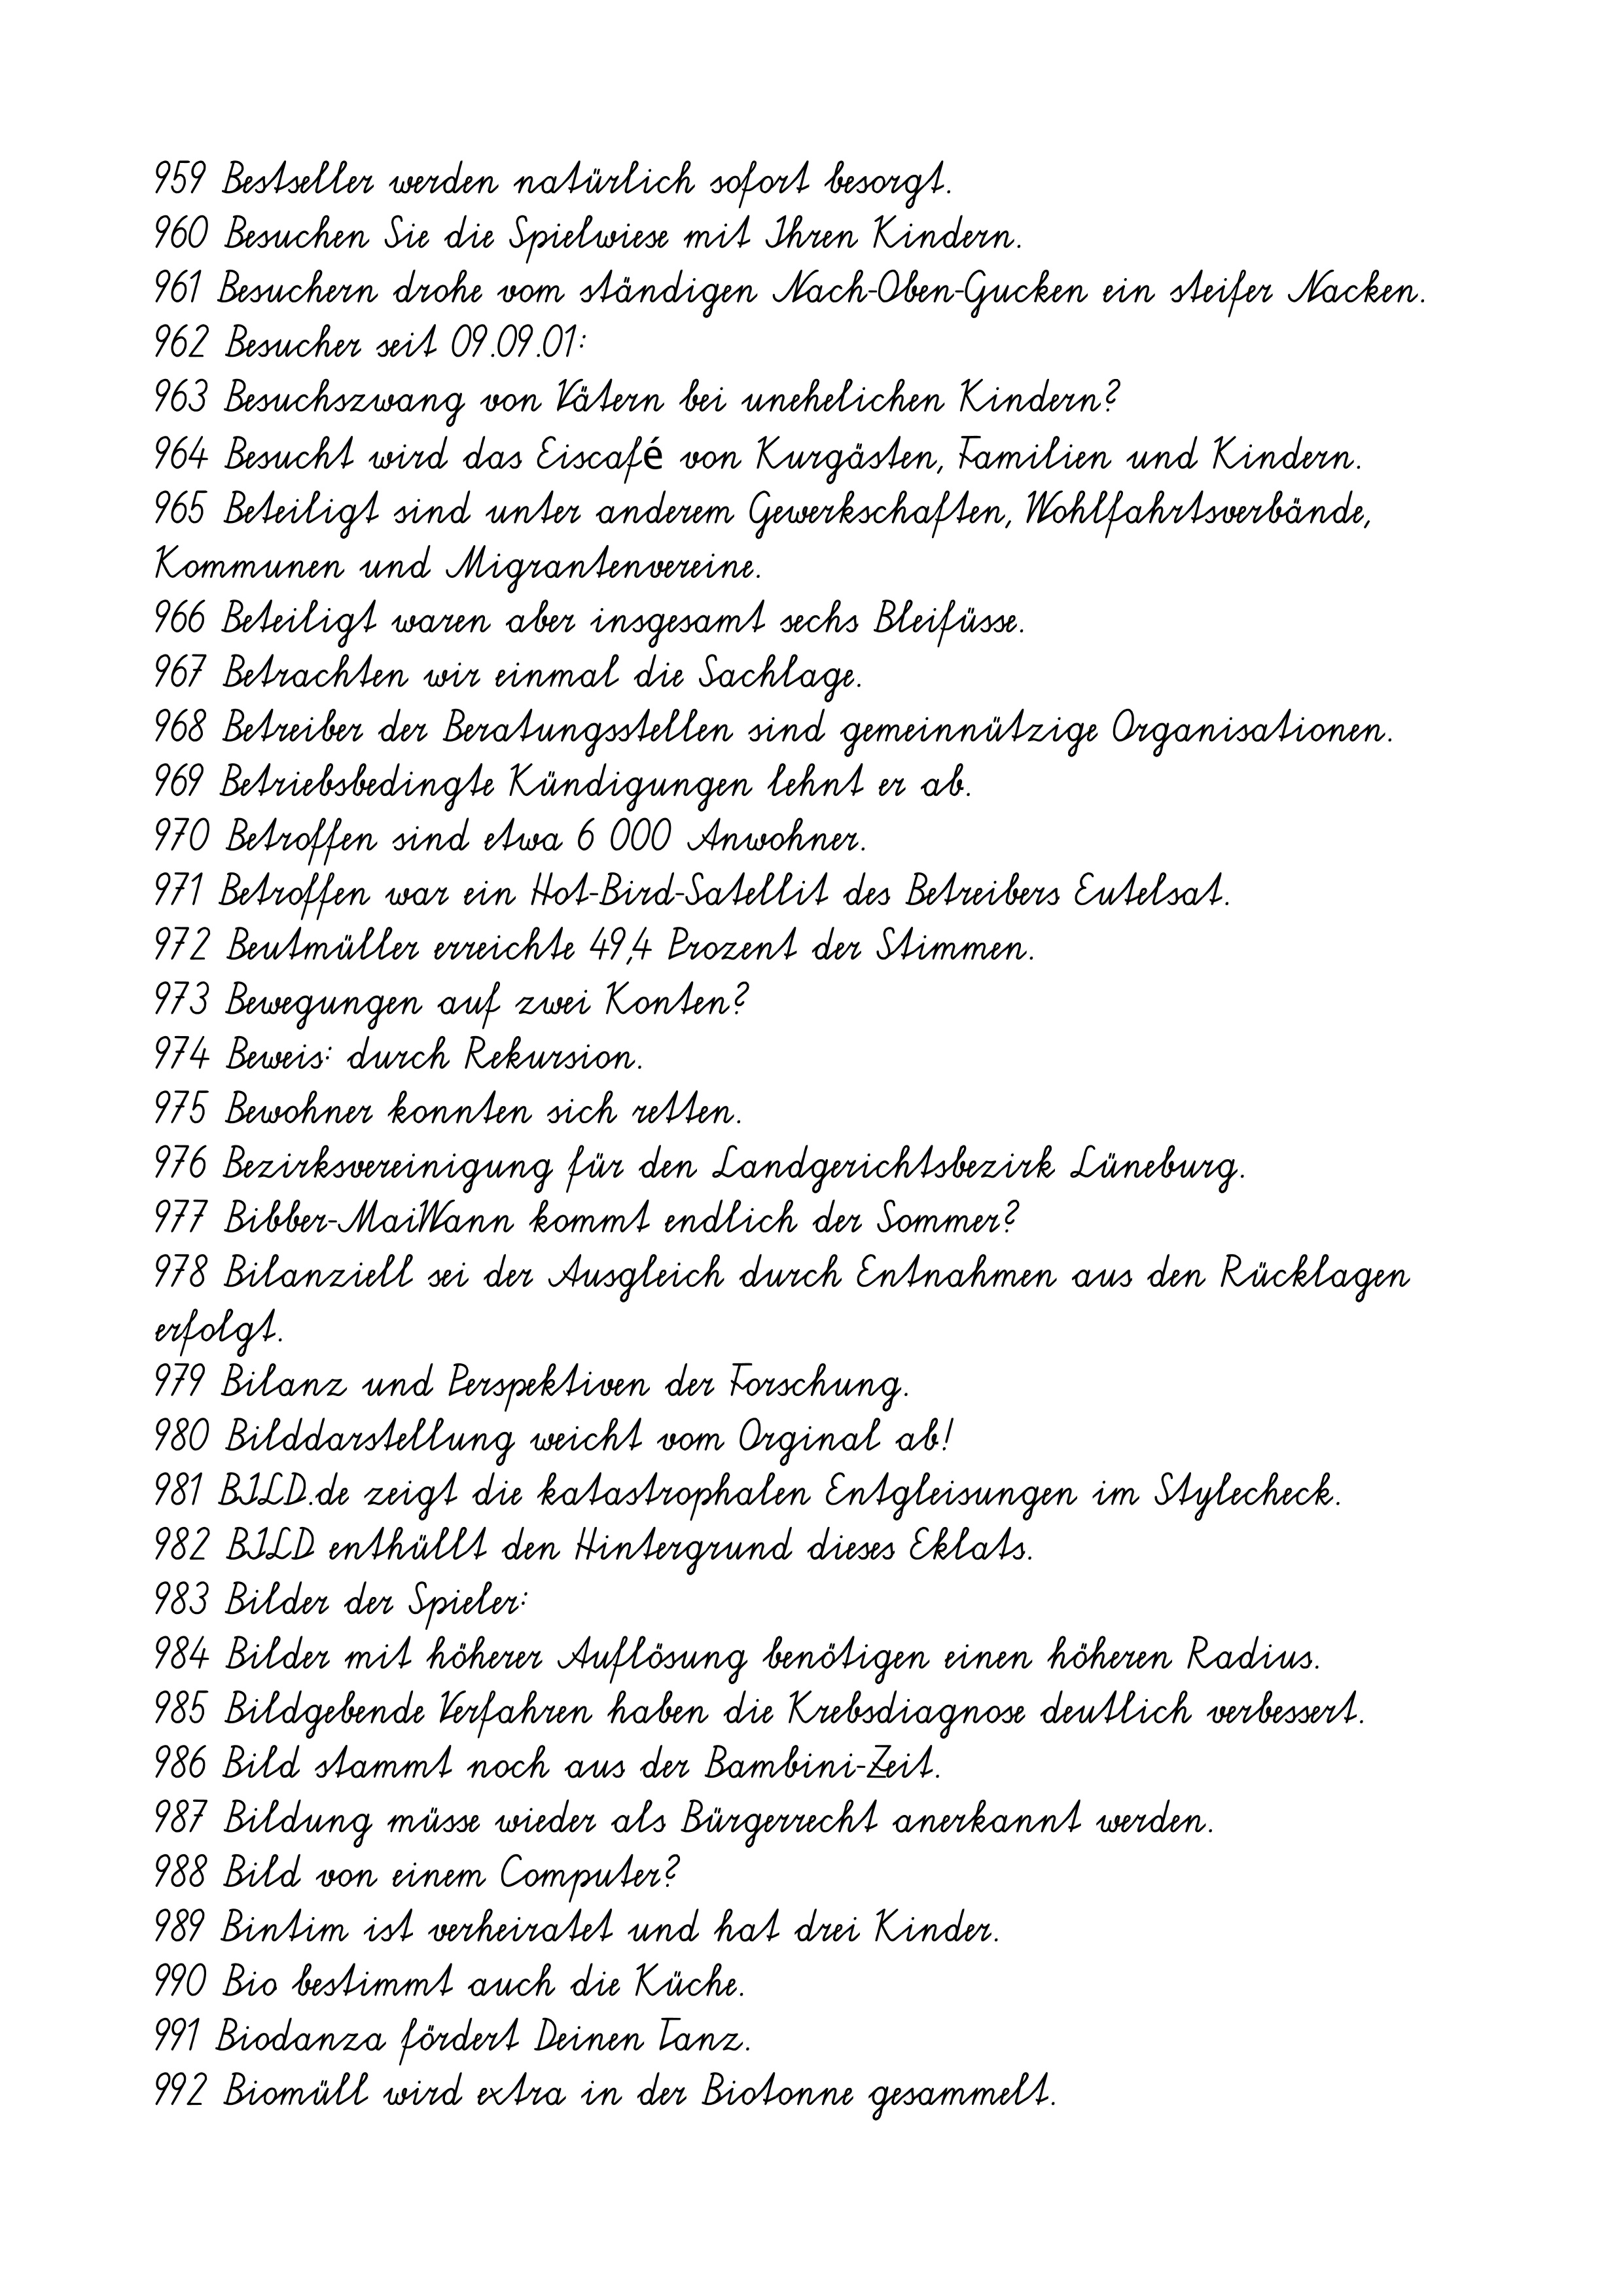
959 Bestseller werden natürlich sofort besorgt.
960 Besuchen Sie die Spielwiese mit Ihren Kindern.
961 Besuchern drohe vom ständigen Nach-Oben-Gucken ein steifer Nacken.
962 Besucher seit 09.09.01:
963 Besuchszwang von Vätern bei unehelichen Kindern?
964 Besucht wird das Eiscafé von Kurgästen, Familien und Kindern.
965 Beteiligt sind unter anderem Gewerkschaften, Wohlfahrtsverbände,
Kommunen und Migrantenvereine.
966 Beteiligt waren aber insgesamt sechs Bleifüsse.
967 Betrachten wir einmal die Sachlage.
968 Betreiber der Beratungsstellen sind gemeinnützige Organisationen.
969 Betriebsbedingte Kündigungen lehnt er ab.
970 Betroffen sind etwa 6 000 Anwohner.
971 Betroffen war ein Hot-Bird-Satellit des Betreibers Eutelsat.
972 Beutmüller erreichte 49,4 Prozent der Stimmen.
973 Bewegungen auf zwei Konten?
974 Beweis: durch Rekursion.
975 Bewohner konnten sich retten.
976 Bezirksvereinigung für den Landgerichtsbezirk Lüneburg.
977 Bibber-MaiWann kommt endlich der Sommer?
978 Bilanziell sei der Ausgleich durch Entnahmen aus den Rücklagen
erfolgt.
979 Bilanz und Perspektiven der Forschung.
980 Bilddarstellung weicht vom Orginal ab!
981 BILD.de zeigt die katastrophalen Entgleisungen im Stylecheck.
982 BILD enthüllt den Hintergrund dieses Eklats.
983 Bilder der Spieler:
984 Bilder mit höherer Auflösung benötigen einen höheren Radius.
985 Bildgebende Verfahren haben die Krebsdiagnose deutlich verbessert.
986 Bild stammt noch aus der Bambini-Zeit.
987 Bildung müsse wieder als Bürgerrecht anerkannt werden.
988 Bild von einem Computer?
989 Bintim ist verheiratet und hat drei Kinder.
990 Bio bestimmt auch die Küche.
991 Biodanza fördert Deinen Tanz.
992 Biomüll wird extra in der Biotonne gesammelt.